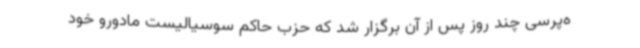
ه‌پرسی چند روز پس از آن برگزار شد که حزب حاکم سوسیالیست مادورو خود